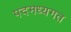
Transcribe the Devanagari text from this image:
पदमध्यगत